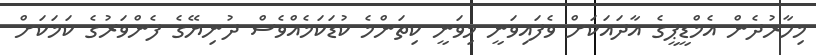
މިހާރުދެން އެމްޑީޕީގެ އާދައަކަށް ވެފައިވަނީ މިވަނީ ކިތަންމެ ކުޑަކަމެއްވެސް ދުނިޔޭގެ ފެންވަރުގެ ކަމަކަށް